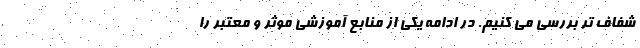
شفاف تر بررسی می کنیم. در ادامه یکی از منابع آموزشی موثر و معتبر را